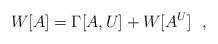
LaTeX: \begin{align*}W[A]=\Gamma[A,U]+W[A^U]\ \ ,\end{align*}